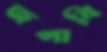
জপাবি